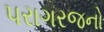
પરાગરજનો